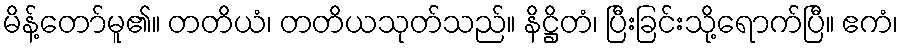
မိန့်တော်မူ၏။ တတိယံ၊ တတိယသုတ်သည်။ နိဋ္ဌိတံ၊ ပြီးခြင်းသို့ရောက်ပြီ။ ဧကံ၊